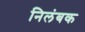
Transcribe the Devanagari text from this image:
निलंबक